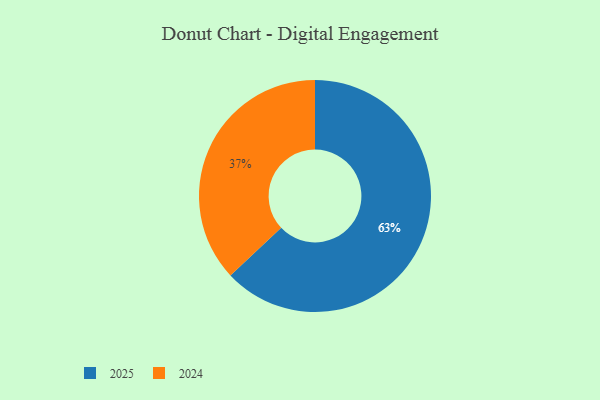
{"axis": {"x": "Category", "y": "Percentage"}, "legend": ["2024", "2025"], "data": [{"x": "2024", "y": 37, "type": "2024"}, {"x": "2025", "y": 63, "type": "2025"}]}